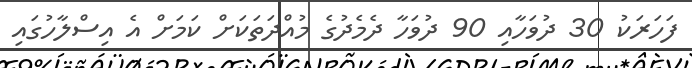
ފަހަރަކު 30 ދުވަހާއި 90 ދުވަހާ ދެމެދުގެ މުއްދަތަކަށް ކަމަށް އެ އިސްލާހުގައި